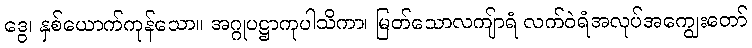
ဒွေ၊ နှစ်ယောက်ကုန်သော။ အဂ္ဂုပဋ္ဌာကုပါသိကာ၊ မြတ်သောလကျ်ာရံ လက်ဝဲရံအလုပ်အကျွေးတော်